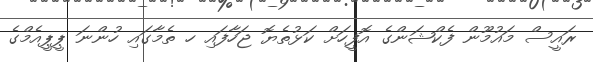
ރައީސް މައުމޫން ފެކްޝަންގެ އޮފީހަށް ކަޅުތެޔޮ ޖަހާފައި ހ ތެމާގައި ހުންނަ ޕީޕީއެމްގެ